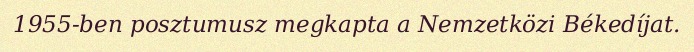
1955-ben posztumusz megkapta a Nemzetközi Békedíjat.